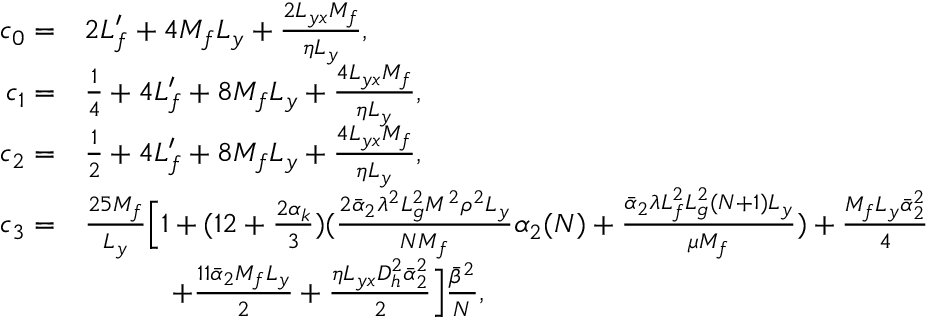
\begin{array} { r l } { c _ { 0 } = } & { 2 L _ { f } ^ { \prime } + 4 M _ { f } L _ { y } + \frac { 2 L _ { y x } M _ { f } } { \eta L _ { y } } , } \\ { c _ { 1 } = } & { \frac { 1 } { 4 } + 4 L _ { f } ^ { \prime } + 8 M _ { f } L _ { y } + \frac { 4 L _ { y x } M _ { f } } { \eta L _ { y } } , } \\ { c _ { 2 } = } & { \frac { 1 } { 2 } + 4 L _ { f } ^ { \prime } + 8 M _ { f } L _ { y } + \frac { 4 L _ { y x } M _ { f } } { \eta L _ { y } } , } \\ { c _ { 3 } = } & { \frac { 2 5 M _ { f } } { L _ { y } } \Big [ 1 + ( 1 2 + \frac { 2 \alpha _ { k } } { 3 } ) ( \frac { 2 \bar { \alpha } _ { 2 } \lambda ^ { 2 } L _ { g } ^ { 2 } M ^ { 2 } \rho ^ { 2 } L _ { y } } { N M _ { f } } \alpha _ { 2 } ( N ) + \frac { \bar { \alpha } _ { 2 } \lambda L _ { f } ^ { 2 } L _ { g } ^ { 2 } ( N + 1 ) L _ { y } } { \mu M _ { f } } ) + \frac { M _ { f } L _ { y } \bar { \alpha } _ { 2 } ^ { 2 } } { 4 } } \\ & { \quad \qquad + \frac { 1 1 \bar { \alpha } _ { 2 } M _ { f } L _ { y } } { 2 } + \frac { \eta L _ { y x } D _ { h } ^ { 2 } \bar { \alpha } _ { 2 } ^ { 2 } } { 2 } \Big ] \frac { \bar { \beta } ^ { 2 } } { N } , } \end{array}